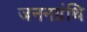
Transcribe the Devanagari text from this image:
जननग्रंथि